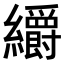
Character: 𮉜